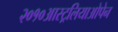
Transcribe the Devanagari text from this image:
२०१०आस्ट्रलियाओपेन